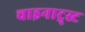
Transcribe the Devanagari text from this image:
चाइनाट्र्स्ट